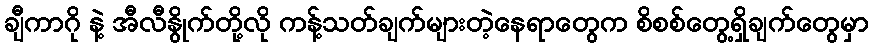
ချီကာဂို နဲ့ အီလီနွိုက်တို့လို ကန့်သတ်ချက်များတဲ့နေရာတွေက စိစစ်တွေ့ရှိချက်တွေမှာ